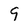
Character: 9